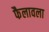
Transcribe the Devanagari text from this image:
फैलावला